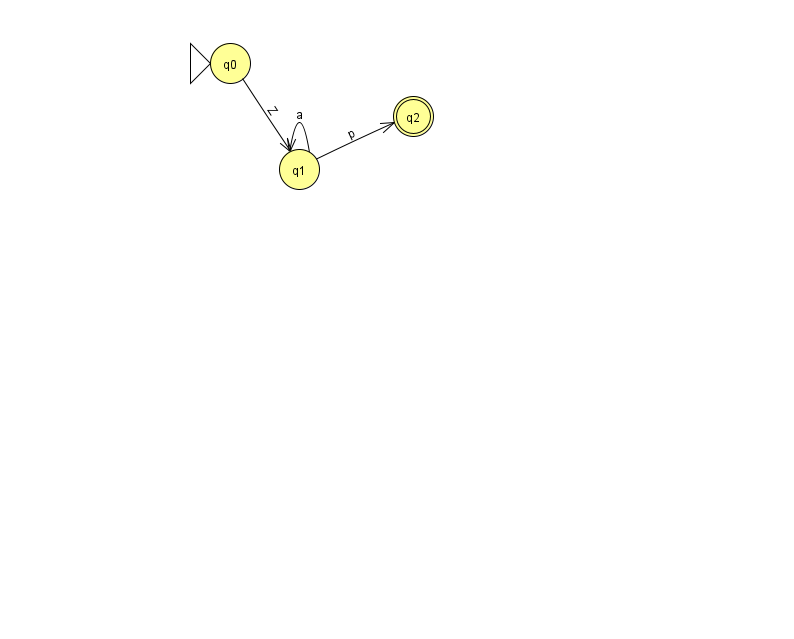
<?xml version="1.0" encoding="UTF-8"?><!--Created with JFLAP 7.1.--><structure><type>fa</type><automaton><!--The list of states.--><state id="0" name="q0"><x>230.0</x><y>50.0</y><initial/></state><state id="1" name="q1"><x>299.0</x><y>156.0</y></state><state id="2" name="q2"><x>413.0</x><y>103.0</y><final/></state><!--The list of transitions.--><transition><from>1</from><to>1</to><read>a</read></transition><transition><from>0</from><to>1</to><read>Z</read></transition><transition><from>1</from><to>2</to><read>p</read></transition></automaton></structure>